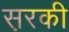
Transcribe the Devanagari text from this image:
स़रकी